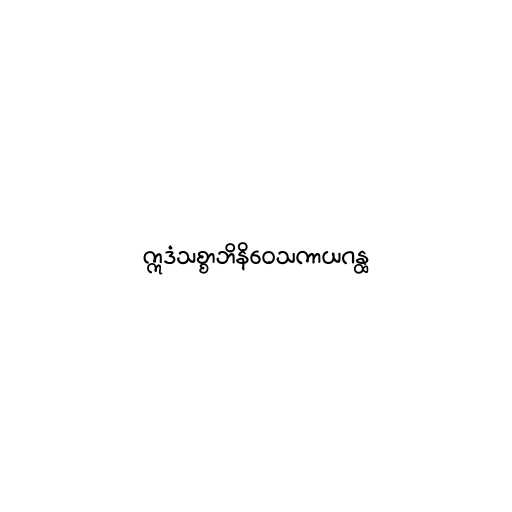
ဣဒံသစ္စာဘိနိဝေသကာယဂန္ထ